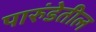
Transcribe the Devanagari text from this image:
पारुंडेतील